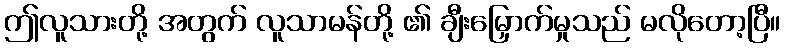
ဤလူသားတို့ အတွက် လူသာမန်တို့ ၏ ချီးမြှောက်မှုသည် မလိုတော့ပြီ။